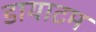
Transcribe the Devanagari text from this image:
डायाटम